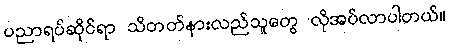
ပညာရပ်ဆိုင်ရာ သိတတ်နားလည်သူတွေ လိုအပ်လာပါတယ်။